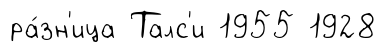
ра́зн'ица Талс'и 1955 1928